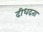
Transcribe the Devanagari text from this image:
दीधदता